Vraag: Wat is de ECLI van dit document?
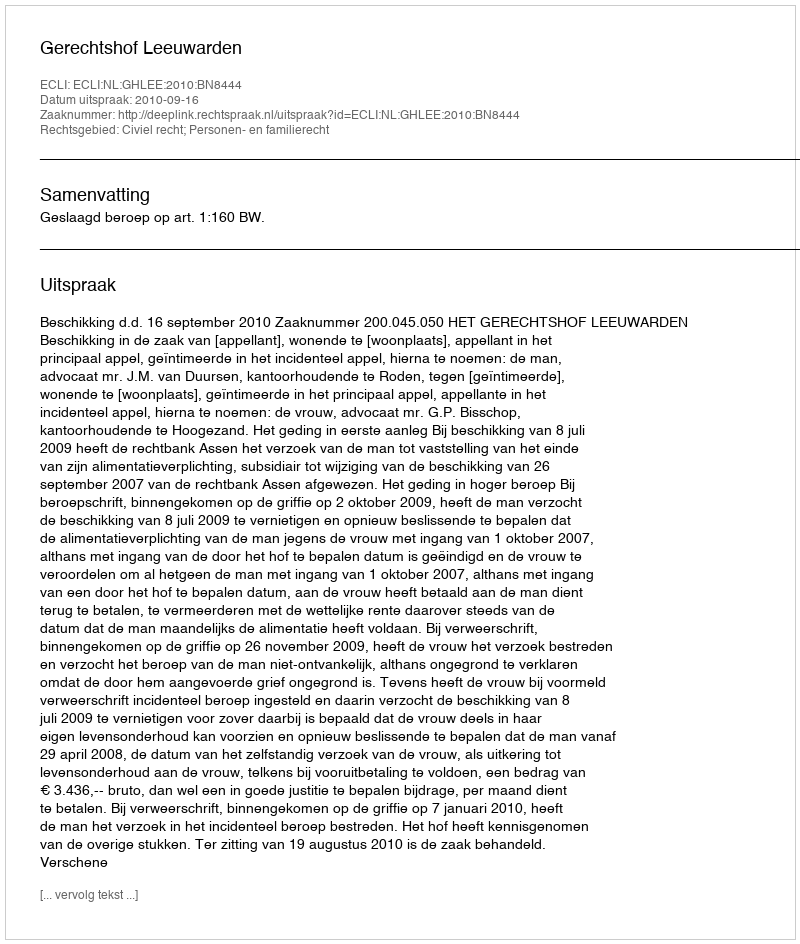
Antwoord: ECLI:NL:GHLEE:2010:BN8444